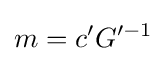
m=c'G'^{-1}